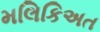
મલિકિઅત